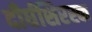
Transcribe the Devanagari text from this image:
दीर्घशिरस्क